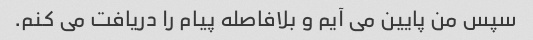
سپس من پایین می آیم و بلافاصله پیام را دریافت می کنم.